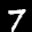
Label: 7